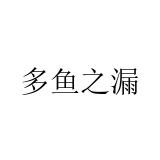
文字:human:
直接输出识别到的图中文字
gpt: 多鱼之漏